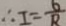
\therefore I = \frac { 6 } { R }